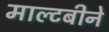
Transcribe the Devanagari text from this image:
माल्टबीने